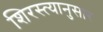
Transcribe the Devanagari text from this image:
शिरस्त्यानुसार